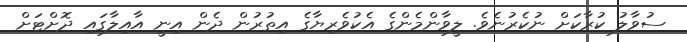
ސުވާލު ކުރާކަށް ނުކެރުނެވެ. ލީވާންމެންގެ އެކުވެރިޔާގެ އިތުރުން ދެން އިނީ އާއިލާގައި ދޮށްޓަށް